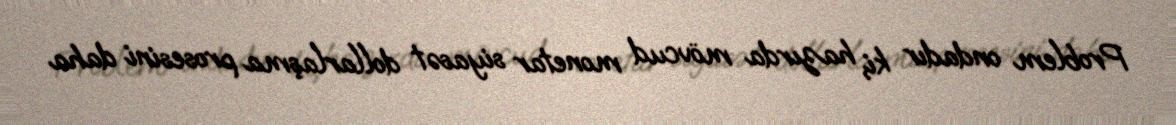
Problem ondadır ki, hazırda mövcud monetar siyasət dollarlaşma prosesini daha